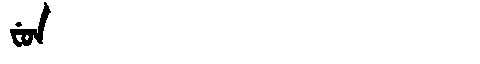
Manchu: ᠸᡠᠨ
Romanization: FUN